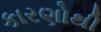
કારણોથી